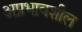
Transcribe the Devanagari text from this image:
अप्रभावशील